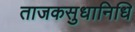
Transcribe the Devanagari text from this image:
ताजकसुधानिधि